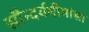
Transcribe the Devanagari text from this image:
सौन्दर्यमीमांसा